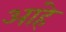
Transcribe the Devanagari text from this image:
आंहे